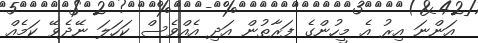
އަންނަ އިރު އެ މީހުންގެ ފަރާތުން އަދި އެއްވެސް ކަހަލަ ނޭދެވޭ ކަމެއް